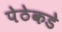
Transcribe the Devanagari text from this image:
पेठेकडे